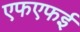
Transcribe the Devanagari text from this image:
एफएफई